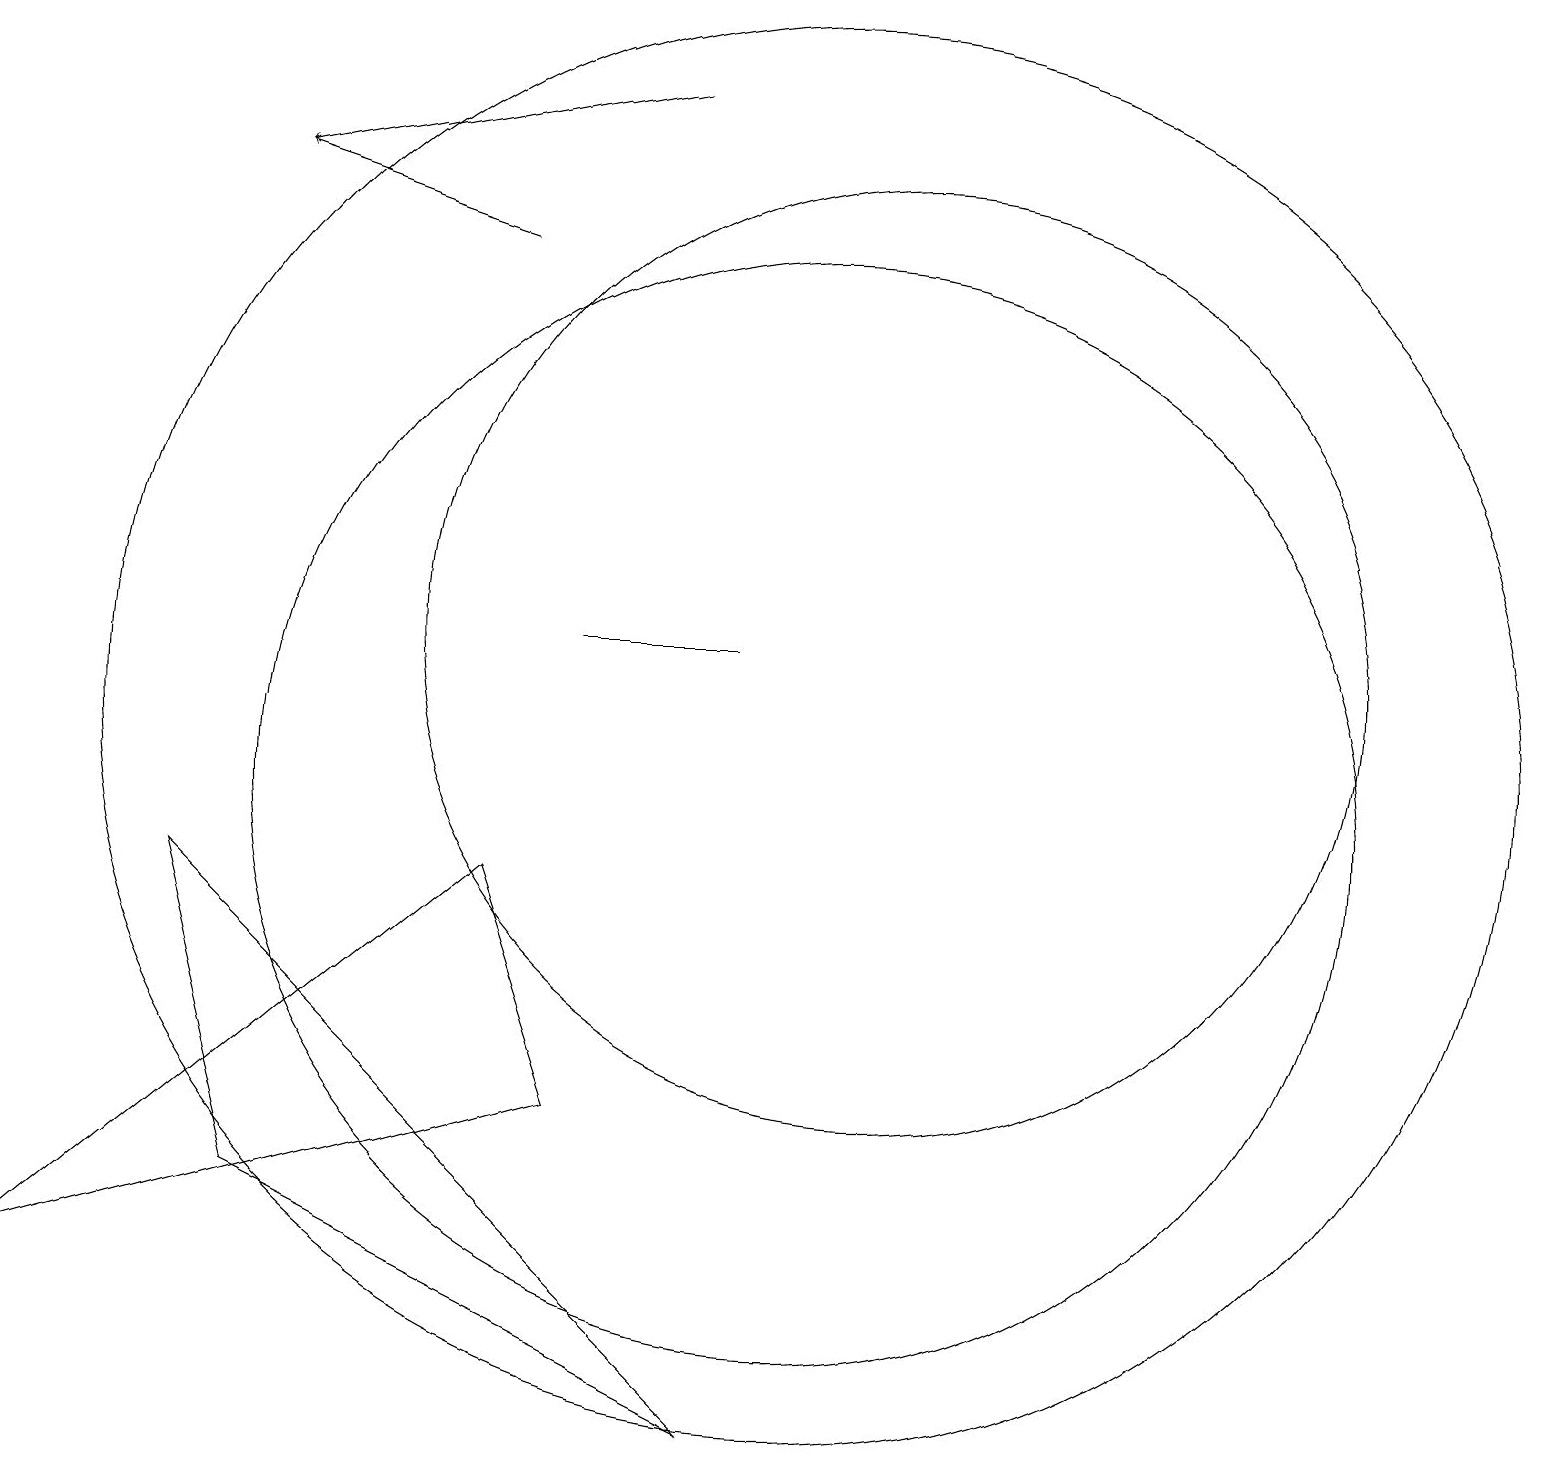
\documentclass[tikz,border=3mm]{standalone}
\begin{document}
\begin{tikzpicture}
\draw (11,12) circle (6);
\draw (7,12) rectangle (9,12);
\draw (10,11) circle (9);
\draw (10,10) circle (7);
\draw (7,6) -- (6,9) -- (0,4) -- cycle;
\draw[->] (6,17) -- (3,18);
\draw (3,5) -- (9,2) -- (2,9) -- cycle;
\draw[->] (8,19) -- (3,18);
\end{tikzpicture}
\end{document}